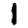
Digit: 1